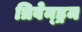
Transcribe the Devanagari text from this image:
त्रिवेन्ड्रम